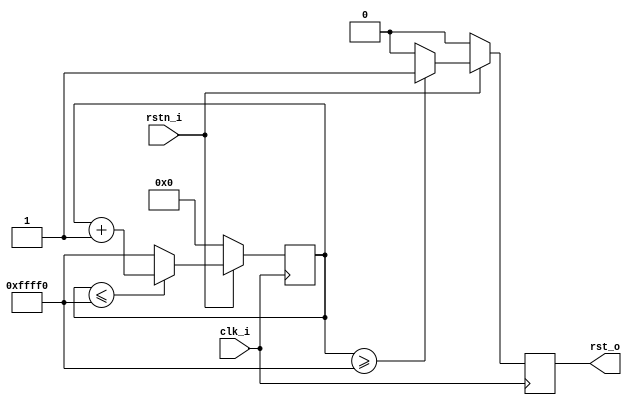
`timescale 1ns / 1ps
//////////////////////////////////////////////////////////////////////////////////
// Company: CZ123 MSXBO corperation
// BBS:www.osrc.cn
// Design Name:    Delay_rst
// Module Name:    Delay_rst
// Project Name: 	 Delay_rst
// Description: 	 Delay_rst
// Revision: 		 V1.0
// Additional Comments: 
//1) _i PIN input  
//2) _o PIN output
//3) _n PIN active low
//4) _dg debug signal 
//5) _r  reg delay
//6) _s state machine
//////////////////////////////////////////////////////////////////////////////
module Delay_rst#
(
	parameter[19:0]num = 20'hffff0
)(
	input clk_i,
	input rstn_i,
	output rst_o
    );

reg[19:0] cnt = 20'd0;
reg rst_d0;

/*count for clock*/
always@(posedge clk_i)
begin 
    if(!rstn_i)
    begin
       cnt<=20'd0; 
    end
    else begin
	   cnt <= ( cnt <= num) ? ( cnt + 20'd1 ):num;
	end
end

/*generate output signal*/
always@(posedge clk_i)
begin
    if(!rstn_i)
    begin
        rst_d0 <= 1'b0; 
    end
    else begin
	   rst_d0 <= ( cnt >= num) ? 1'b1:1'b0;
	end
end	

assign rst_o = rst_d0;

endmodule